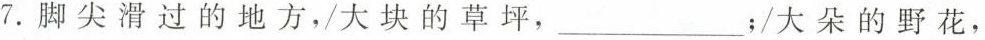
7.脚尖滑过的地方，/大块的草坪，___；/大朵的野花，